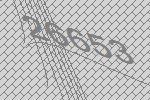
26653